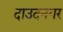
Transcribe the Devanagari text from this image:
दाउदनगर